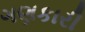
ગણકારી